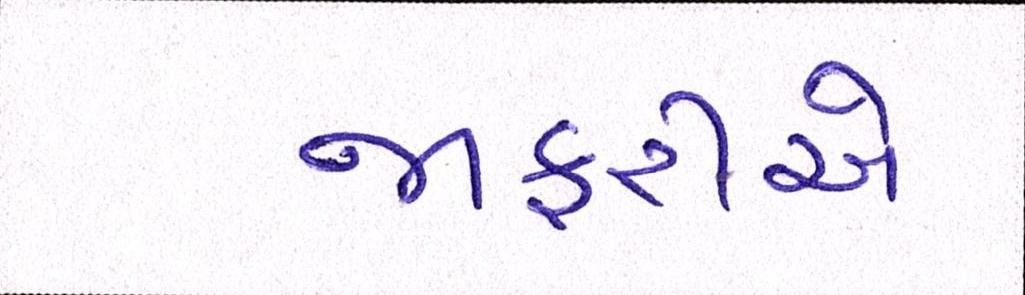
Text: જાફરીએ